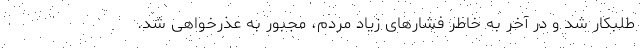
طلبکار شد و در آخر به خاطر فشارهای زیاد مردم، مجبور به عذرخواهی شد.